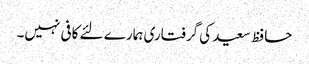
حافظ سعید کی گرفتاری ہمارے لئے کافی نہیں۔